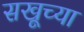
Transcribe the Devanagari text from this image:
सखूच्या